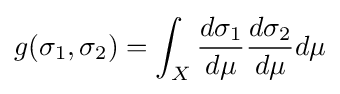
g(\sigma _{1},\sigma _{2})=\int _{X}{\frac {d\sigma _{1}}{d\mu }}{\frac {d\sigma _{2}}{d\mu }}d\mu